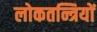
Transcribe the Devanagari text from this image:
लोकतन्त्रियों